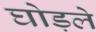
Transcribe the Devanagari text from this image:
घोड़ले